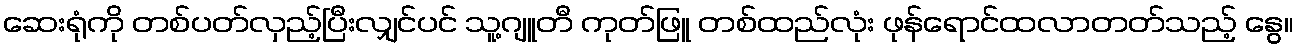
ဆေးရုံကို တစ်ပတ်လှည့်ပြီးလျှင်ပင် သူ့ဂျူတီ ကုတ်ဖြူ တစ်ထည်လုံး ဖုန်ရောင်ထလာတတ်သည့် နွေ။